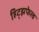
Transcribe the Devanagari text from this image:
हिट्झफेल्ड